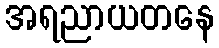
အရညာယတနေ